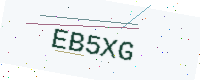
Text: EB5XG